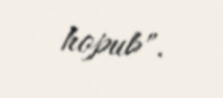
hopub".